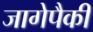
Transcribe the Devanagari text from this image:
जागेपैकी